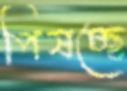
পিষচ্ছে